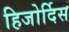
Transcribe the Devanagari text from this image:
हिजोर्दिस